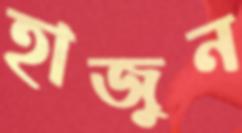
হাজুন